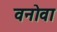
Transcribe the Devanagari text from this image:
वनोवा